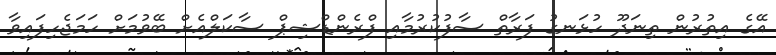
އޭގެ އިތުރުން ތިނަދޫ ހުޅަނގު ފަރާތް ސާފުކުރުމާއި ފްރެންޑްޝިޕް ސާކަލްއެށް ބޭވުމަށް ހަމަޖެހިފައިވާ